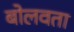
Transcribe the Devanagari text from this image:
बोलवता